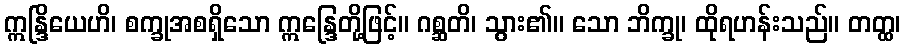
ဣန္ဒြိယေဟိ၊ စက္ခုအစရှိသော ဣန္ဒြေတို့ဖြင့်။ ဂစ္ဆတိ၊ သွား၏။ သော ဘိက္ခု၊ ထိုရဟန်းသည်။ တတ္ထ၊